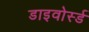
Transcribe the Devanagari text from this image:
डाइवोर्स्ड